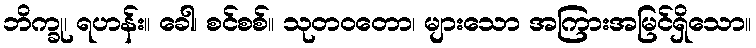
ဘိက္ခု၊ ရဟန်း။ ခေါ၊ စင်စစ်။ သုတဝတော၊ များသော အကြားအမြင်ရှိသော။